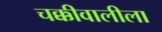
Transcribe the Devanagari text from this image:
चक्कीवालीला